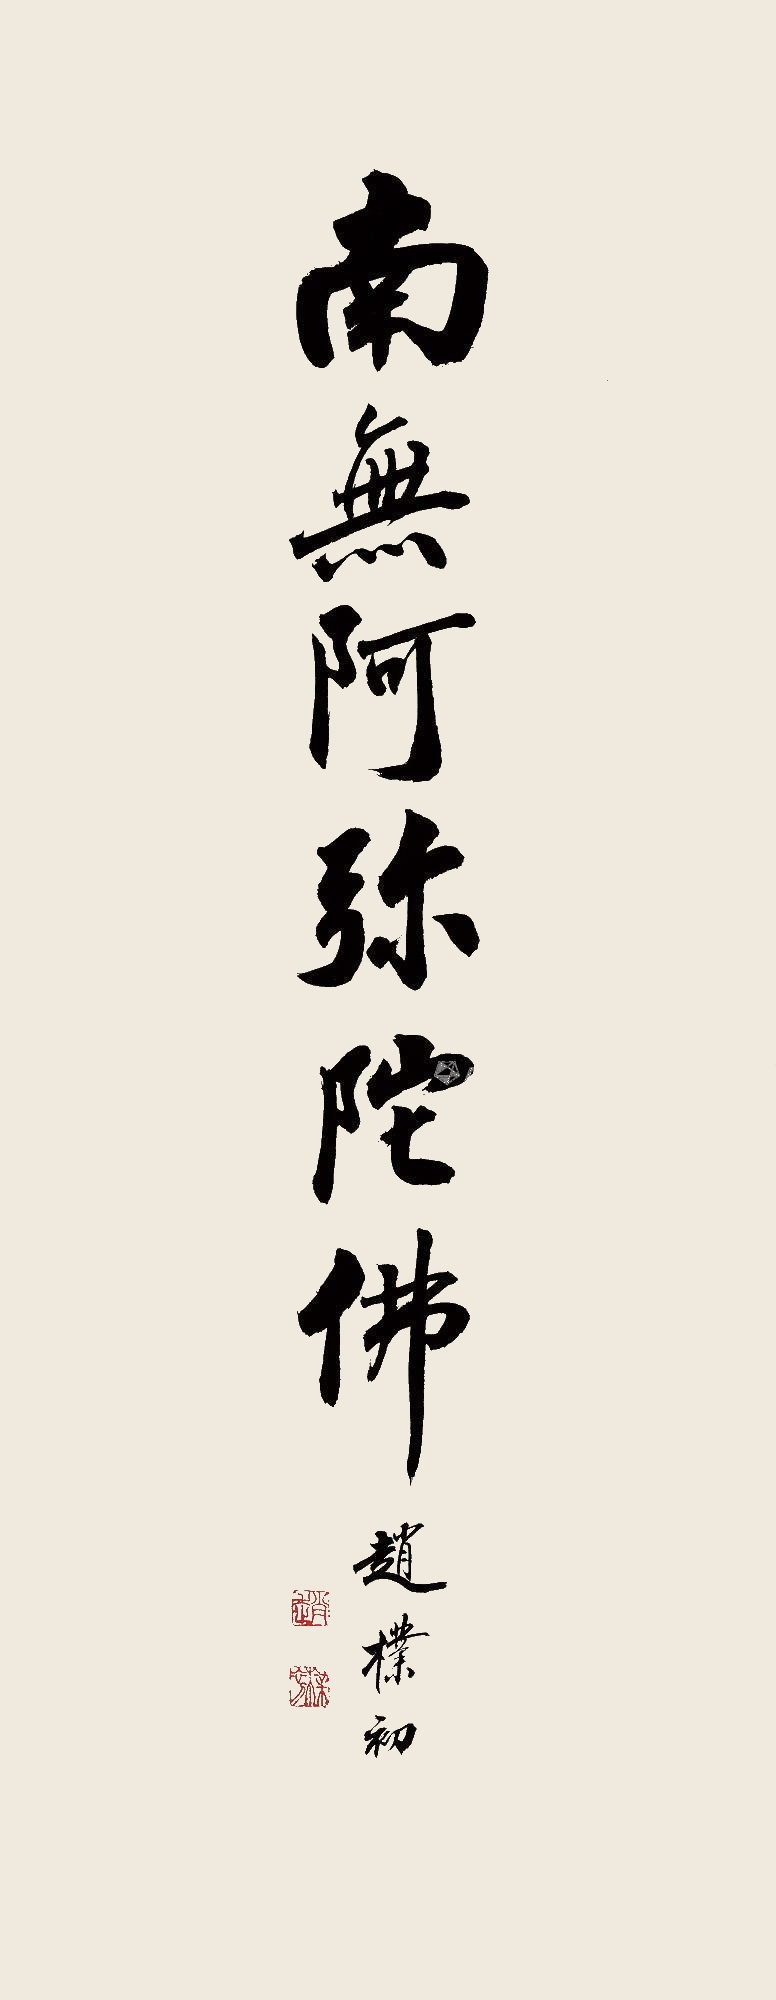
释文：南无阿弥陀佛。赵朴初。